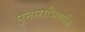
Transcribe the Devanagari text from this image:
पुनाराभिव्यक्ति